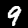
Digit: 9